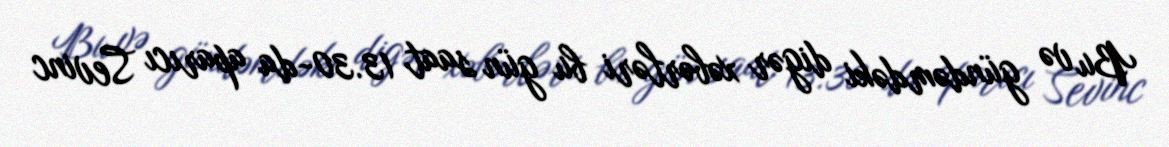
Bu və gündəmdəki digər xəbərləri bu gün saat 13.30-da aparıcı Sevinc